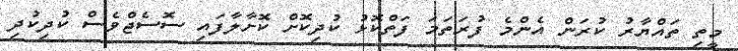
މީތި ތައްޔާރު ކުރަން އެންމެ ފުރަތަމަ ފަތްކޮޅު ކުދިކޮށް ކޮށާލާފައި ސޮސެޖްވެސް ކުދިކުދި